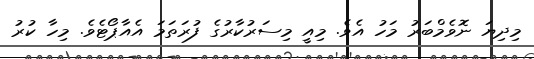
މިދިޔަ ނޮވެމްބަރު މަހު އެވެ. މިއީ މިސަރުކާރުގެ ފުރަތަމަ އެއާޕޯޓެވެ. މިހާ ކުރުު